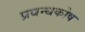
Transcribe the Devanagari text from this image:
प्रबन्धकोष